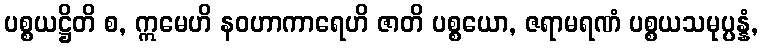
ပစ္စယဋ္ဌိတိ စ, ဣမေဟိ နဝဟာကာရေဟိ ဇာတိ ပစ္စယော, ဇရာမရဏံ ပစ္စယသမုပ္ပန္နံ,